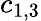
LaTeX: c_{1,3}